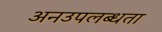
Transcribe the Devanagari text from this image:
अनउपलब्धता